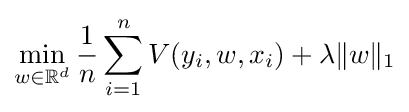
\min _{w\in \mathbb {R} ^{d}}{\frac {1}{n}}\sum _{i=1}^{n}V(y_{i},w,x_{i})+\lambda \|w\|_{1}